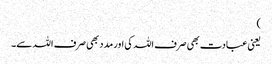
)
یعنی عبادت بھی صرف اللہ کی اور مدد بھی صرف اللہ سے۔